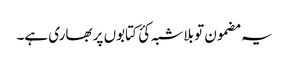
یہ مضمون تو بلاشبہ کئ کتابوں پر بھاری ہے۔